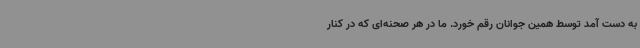
به دست آمد توسط همین جوانان رقم خورد. ما در هر صحنه‌ای که در کنار